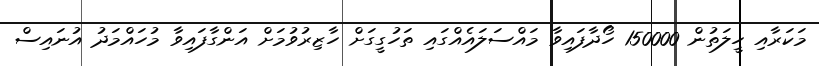
މަކަރާއި ހީލަތުން 150000 ހޯދާފައިވާ މައްސަލައެއްގައި ތަހުގީގަށް ހާޒިރުވުމަށް އަންގާފައިވާ މުހައްމަދު އުނައިސް